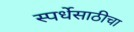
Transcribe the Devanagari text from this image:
स्पर्धेसाठीचा